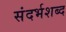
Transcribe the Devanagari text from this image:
संदर्भशब्द